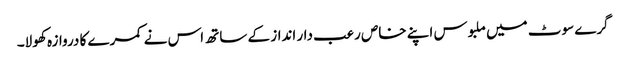
گرے سوٹ میں ملبوس اپنے خاص رعب دار انداز کے ساتھ اس نے کمرے کا دروازہ کھولا۔